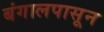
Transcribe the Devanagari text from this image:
बंगालपासून